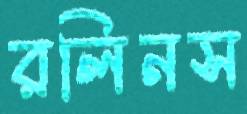
রলিনস